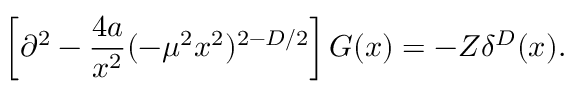
\left[ \partial ^ { 2 } - \frac { 4 a } { x ^ { 2 } } ( - \mu ^ { 2 } x ^ { 2 } ) ^ { 2 - D / 2 } \right] G ( x ) = - Z \delta ^ { D } ( x ) .